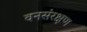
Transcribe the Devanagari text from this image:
वनसंरक्षण